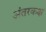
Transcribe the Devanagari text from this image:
अंतरकक्ष